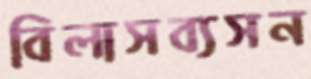
বিলাসব্যসন